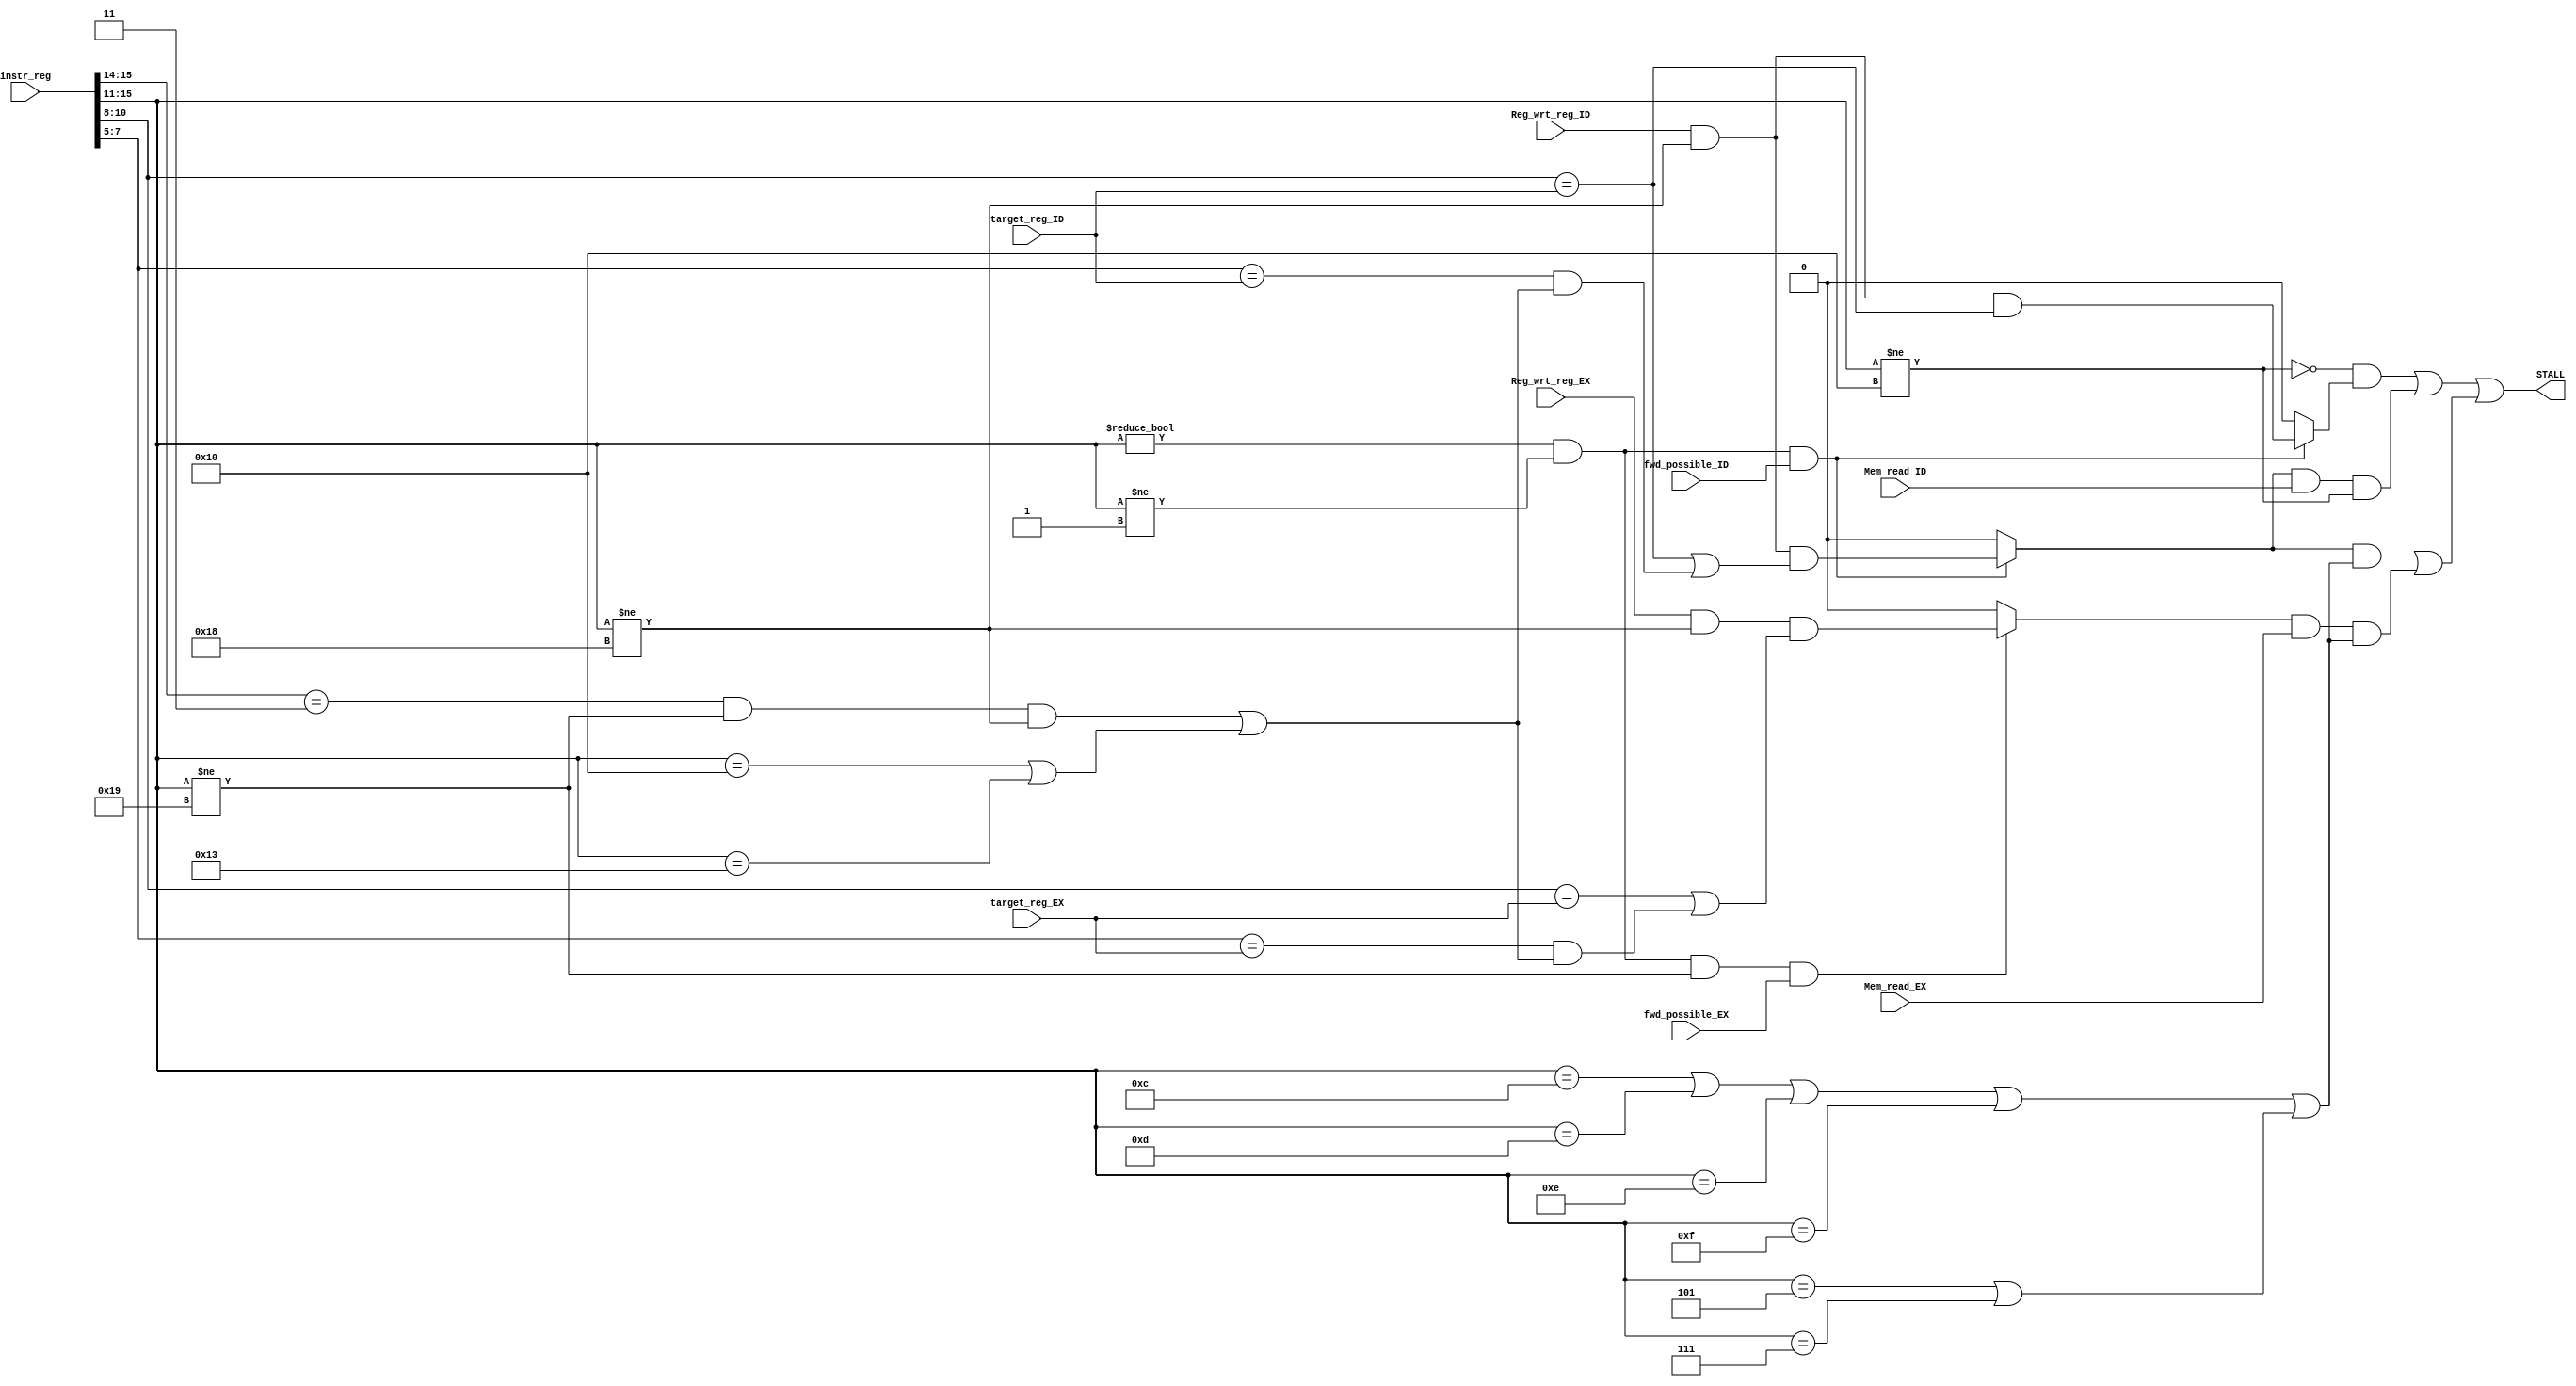
module stall_detector (instr_reg, Reg_wrt_reg_ID, Mem_read_ID, Mem_read_EX, target_reg_ID, Reg_wrt_reg_EX, target_reg_EX, fwd_possible_ID, fwd_possible_EX, STALL);
input [15:0] instr_reg;
input Reg_wrt_reg_ID, Reg_wrt_reg_EX, Mem_read_ID, Mem_read_EX, fwd_possible_ID, fwd_possible_EX;
// input [1:0] Alu_src_reg;
input [2:0] target_reg_ID, target_reg_EX; 
// input [4:0] Alu_op_reg; 
output STALL;

wire Rt_valid; // Rt is used
assign Rt_valid = ((instr_reg[15:14] == 2'b11) & (instr_reg[15:11] != 5'b11001) & (instr_reg[15:11] != 5'b11000)) | ((instr_reg[15:11] == 5'b10000) | (instr_reg[15:11] == 5'b10011));
wire rs_nox;
assign rs_nox = (instr_reg[15:11] != 5'b00000) & (instr_reg[15:11] != 5'b00001); // & (instr_reg[15:11] != 5'b00100) & (instr_reg[15:11] != 5'b00110)
wire rt_nox;
assign rt_nox = rs_nox & (instr_reg[15:11] != 5'b11001); 

wire IDEX_wrt;
wire IDEX_Rs;
wire IDEX_Rt;
wire IDEX_stall;
assign IDEX_wrt = (Reg_wrt_reg_ID == 1'b1) & (instr_reg[15:11] != 5'b11000); // last instruction will write to register
assign IDEX_Rs = (instr_reg[10:8] == target_reg_ID); // Rs RAW
assign IDEX_Rt = (instr_reg[7:5] == target_reg_ID) & (Rt_valid); // Rt RAW
assign IDEX_stall = (rs_nox&fwd_possible_ID) ? (IDEX_wrt & (IDEX_Rs | IDEX_Rt)) : 1'b0;

wire EXM_wrt;
wire EXM_Rs;
wire EXM_Rt;
wire EXM_stall;
assign EXM_wrt = (Reg_wrt_reg_EX == 1'b1) & (instr_reg[15:11] != 5'b11000);
assign EXM_Rs = (instr_reg[10:8] == target_reg_EX);
assign EXM_Rt = (instr_reg[7:5] == target_reg_EX) & (Rt_valid);
assign EXM_stall = (rt_nox&fwd_possible_EX) ? (EXM_wrt & (EXM_Rs | EXM_Rt)) : 1'b0;


// Two situations that a STALL cannot be avoided
// a stall is needed when it is dependent on previous load (except store rt)
// a stall is needed when a branch/jumpR is dependent on its previous instruction
// a stall is needed when a branch/jumpR is dependent on the load before its previous instruction i.e. load, other, branch/jumpR
wire isBranch, isJumpR, notSt, st_rs; 
assign isBranch = (instr_reg[15:11] == 5'b01100) | (instr_reg[15:11] == 5'b01101) | (instr_reg[15:11] == 5'b01110) | (instr_reg[15:11] == 5'b01111);
assign isJumpR = (instr_reg[15:11] == 5'b00101) | (instr_reg[15:11] == 5'b00111);
assign notSt = instr_reg[15:11] != 5'b10000;
// handle st's rs dependency on ld
assign st_rs = (rs_nox&fwd_possible_ID) ? (IDEX_wrt & IDEX_Rs) : 1'b0;
assign STALL = (~notSt & st_rs) | (IDEX_stall & Mem_read_ID & notSt) | (IDEX_stall & (isBranch|isJumpR) | EXM_stall & Mem_read_EX & (isBranch|isJumpR));


endmodule